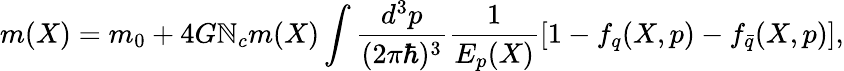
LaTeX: m(X)=m_{0}+4G\mathbb{N}_{c}m(X)\int\frac{{d^{3}p}}{{(2\pi\hbar)^{3}}}\frac{1}{{E_{p}(X)}}[1-f_{q}(X,p)-f_{\bar{{q}}}(X,p)],